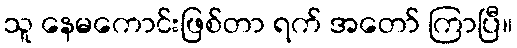
သူ နေမကောင်းဖြစ်တာ ရက် အတော် ကြာပြီ။